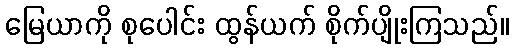
မြေယာကို စုပေါင်း ထွန်ယက် စိုက်ပျိုးကြသည်။